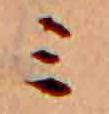
ミ